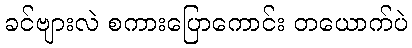
ခင်ဗျားလဲ စကားပြောကောင်း တယောက်ပဲ